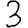
Digit: 3